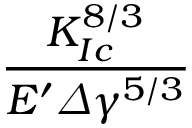
\frac { K _ { I c } ^ { 8 / 3 } } { E ^ { \prime } \varDelta \gamma ^ { 5 / 3 } }